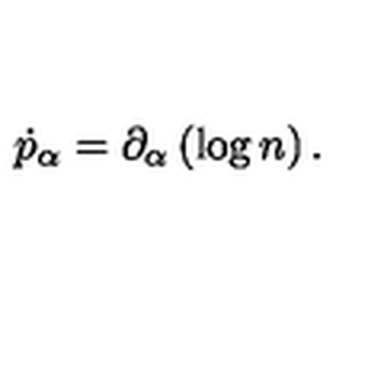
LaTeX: \dot { p } _ { \alpha } = \partial _ { \alpha } \left( \log n \right) .